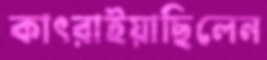
কাৎরাইয়াছিলেন